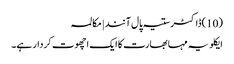
(10)ڈاکٹر ستیہ پال آنند | مکالمہ
ایکلویہ مہا بھارت کا ایک اچھوت کردار ہے۔